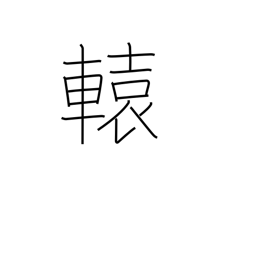
Meaning: shaft